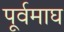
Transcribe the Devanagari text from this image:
पूर्वमाघ